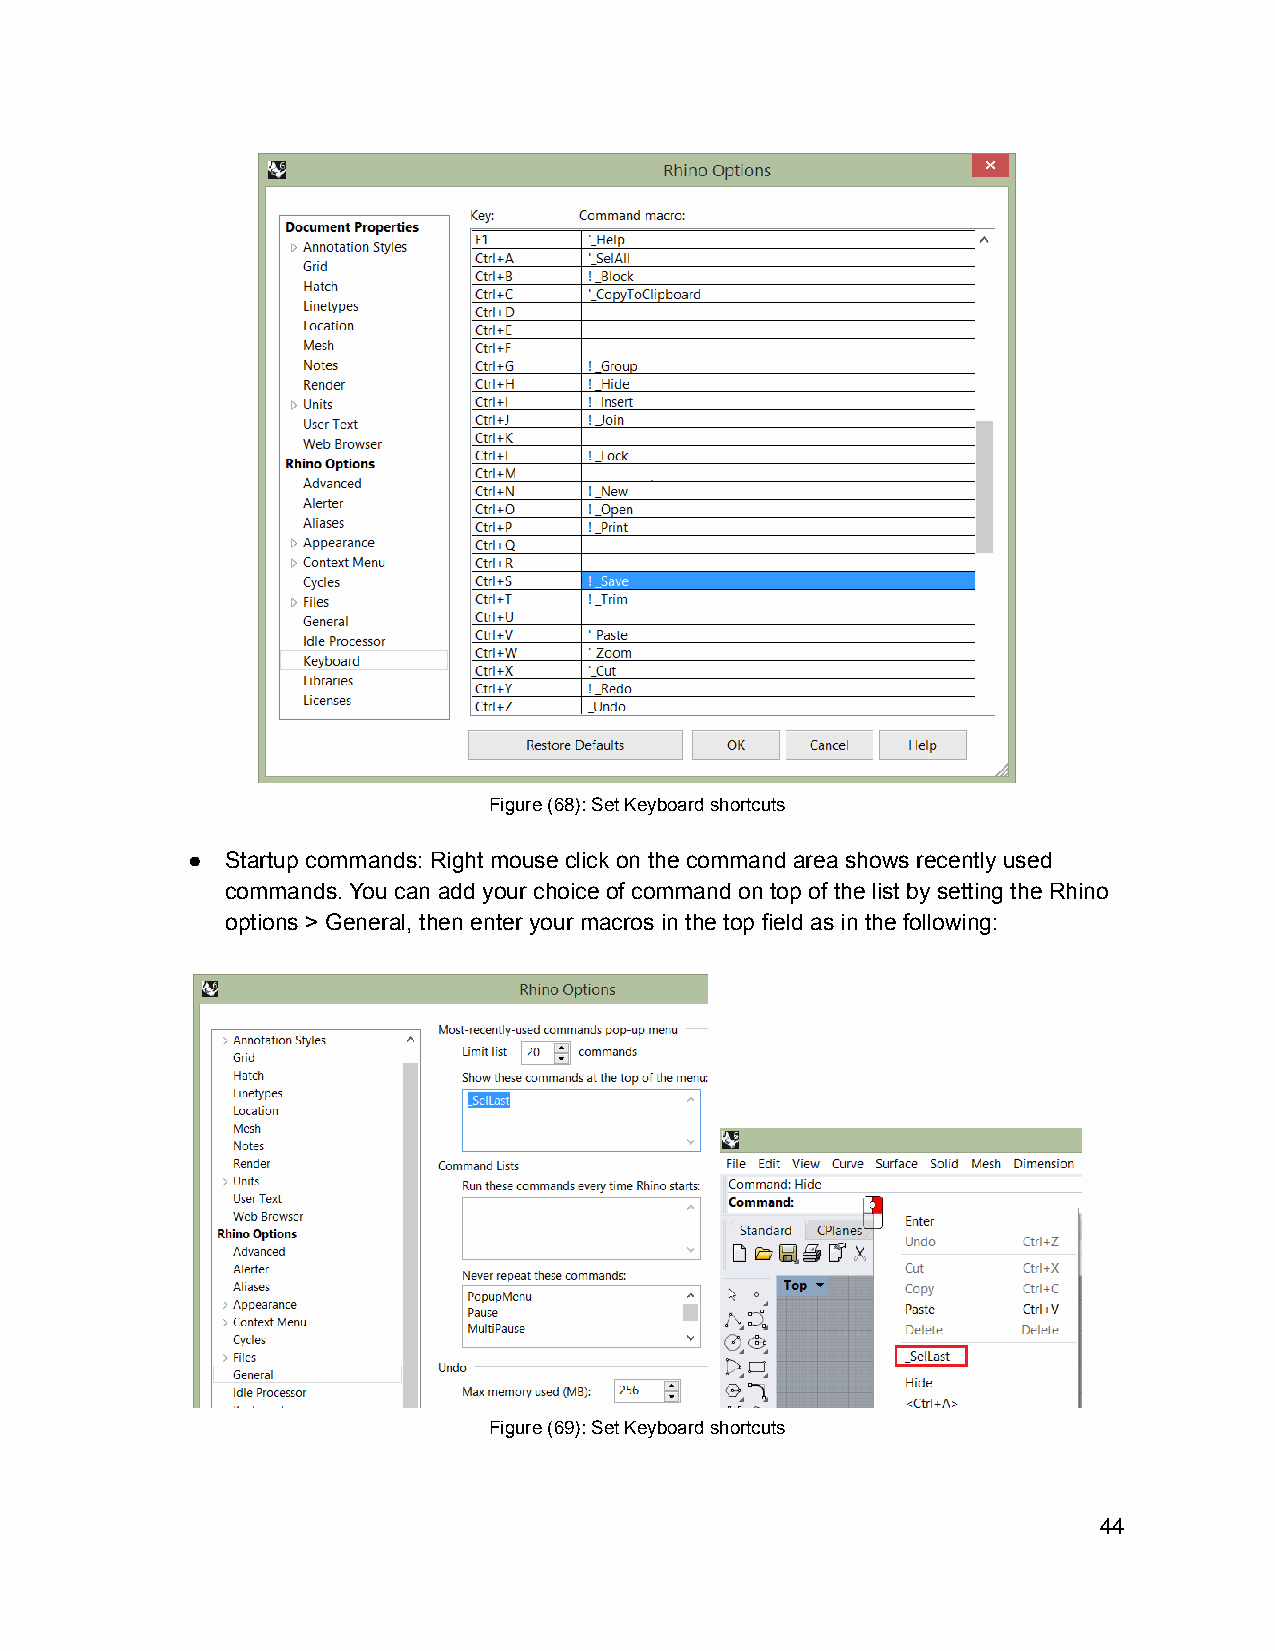
Figure (68): Set Keyboard shortcuts
 ●  Startup commands: Right mouse click on the command area shows recently used
 commands. You can add your choice of command on top of the list by setting the Rhino
 options > General, then enter your macros in the top field as in the following:
 Figure (69): Set Keyboard shortcuts
 44